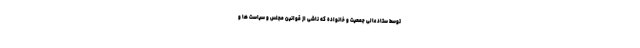
توسط ستاد عالی جمعیت و خانواده که ناشی از قوانین مجلس و سیاست ها و